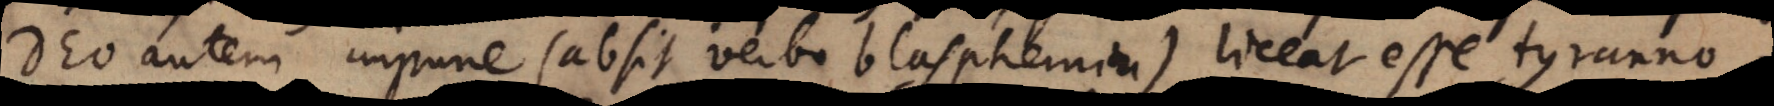
Deo autem impune (absit verbo blasphemia) liceat esse tyranno,